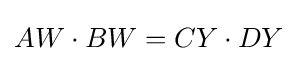
AW\cdot BW=CY\cdot DY